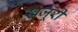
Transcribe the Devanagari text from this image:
ख़जूरी